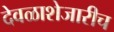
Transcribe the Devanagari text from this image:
देवळाशेजारीच